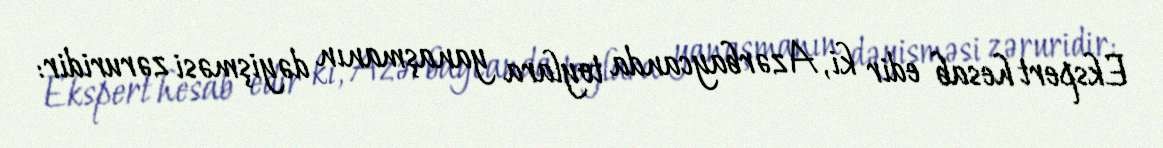
Ekspert hesab edir ki, Azərbaycanda toylara yanaşmanın dəyişməsi zəruridir: